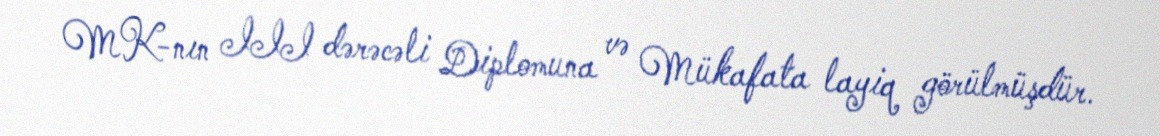
MK-nın III dərəcəli Diplomuna və Mükafata layiq görülmüşdür.